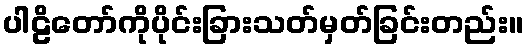
ပါဠိတော်ကိုပိုင်းခြားသတ်မှတ်ခြင်းတည်း။